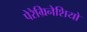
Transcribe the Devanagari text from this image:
पेरेग्रिनेशियो